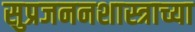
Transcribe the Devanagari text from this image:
सुप्रजननशास्त्राच्या